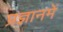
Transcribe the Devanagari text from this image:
प्रज्ञानमें